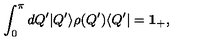
\int _ { 0 } ^ { \pi } d Q ^ { \prime } | Q ^ { \prime } \rangle \rho ( Q ^ { \prime } ) \langle Q ^ { \prime } | = { \bf 1 _ { + } } ,